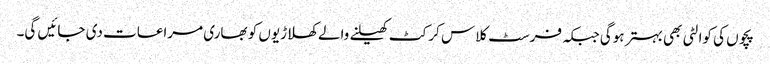
پچوں کی کوالٹی بھی بہتر ہوگی جبکہ فرسٹ کلاس کرکٹ کھیلنے والے کھلاڑیوں کو بھاری مراعات دی جائیں گی۔